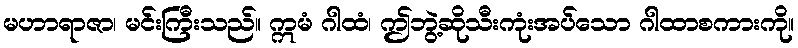
မဟာရာဇာ၊ မင်းကြီးသည်။ ဣမံ ဂါထံ၊ ဤဘွဲ့ဆိုသီးကုံးအပ်သော ဂါထာစကားကို။